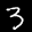
Label: 3